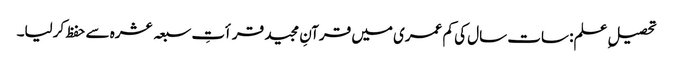
تحصیلِ علم: سات سال کی کم عمری میں قرآنِ مجید قرأتِ سبعہ عشرہ سے حفظ کرلیا۔